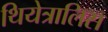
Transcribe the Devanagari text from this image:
थियेत्रालिस